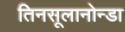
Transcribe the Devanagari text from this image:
तिनसूलानोन्डा